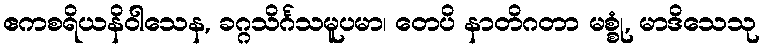
ဧကစရိယနိဝါသေန, ခဂ္ဂသိင်္ဂသမူပမာ၊ တေပိ နာတိဂတာ မစ္စုံ, မာဒိသေသု